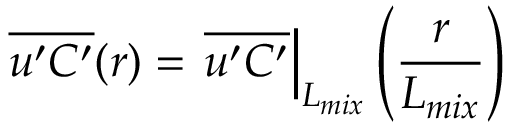
\overline { { u ^ { \prime } C ^ { \prime } } } ( r ) = \left. \overline { { u ^ { \prime } C ^ { \prime } } } \right| _ { L _ { m i x } } \left( \frac { r } { L _ { m i x } } \right)